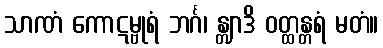
သာဏံ ကောဋမ္ဗုရံ ဘင်္ဂ၊ န္တျာဒိ ဝတ္ထန္တရံ မတံ။